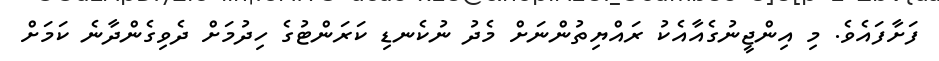
ފަށާފައެވެ. މި އިންޖީނުގެއާއެކު ރައްޔިތުންނަށް މެދު ނުކެނޑި ކަރަންޓުގެ ހިދުމަށް ދެވިގެންދާނެ ކަމަށް